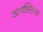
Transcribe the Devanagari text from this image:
अगस्तिना